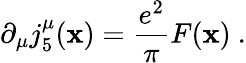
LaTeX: \partial_{\mu}j_{5}^{\mu}(\mathbf{x})=\frac{{e^{2}}}{{\pi}}F(\mathbf{x})\ .